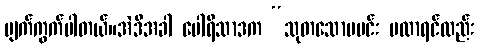
ပျက်ကွက်ပါတယ်။အဲဒီအခါ ပေါရိသာဒက “သုတသောမမင်း မလာရင်လည်း